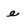
Character: e